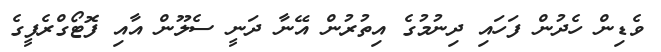
ވެޑިން ހެދުން ފަހައި ދިނުމުގެ އިތުރުން އޭނާ ދަނީ ސެލޫން އާއި ފޮޓޯގްރެފީގެ